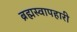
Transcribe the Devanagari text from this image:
ब्रह्मस्वापहारी